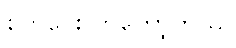
စုတ်ပေးလာတော့တယ်။